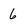
Character: 6